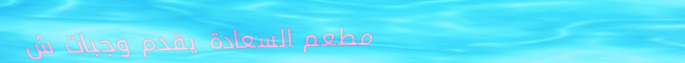
مطعم السعادة يقدم وجبات ش